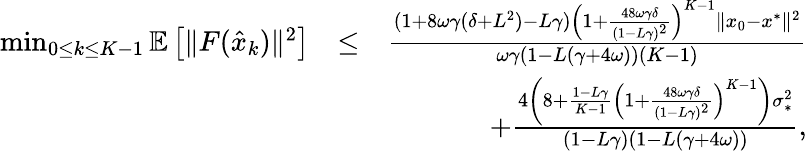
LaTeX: \begin{array}{rlr}{\operatorname*{min}_{0\leq k\leq K-1}\mathbb{E}\left[\| F(\hat{x}_{k})\| ^{2}\right]}&{\leq}&{\frac{(1+8\omega\gamma(\delta+L^{2})-L\gamma)\left(1+\frac{48\omega\gamma\delta}{(1-L\gamma)^{2}}\right)^{K-1}\| x_{0}-x^{*}\| ^{2}}{\omega\gamma(1-L(\gamma+4\omega))(K-1)}}\\ &{}&{\quad+\frac{4\left(8+\frac{1-L\gamma}{K-1}\left(1+\frac{48\omega\gamma\delta}{(1-L\gamma)^{2}}\right)^{K-1}\right)\sigma_{*}^{2}}{(1-L\gamma)(1-L(\gamma+4\omega))},}\end{array}